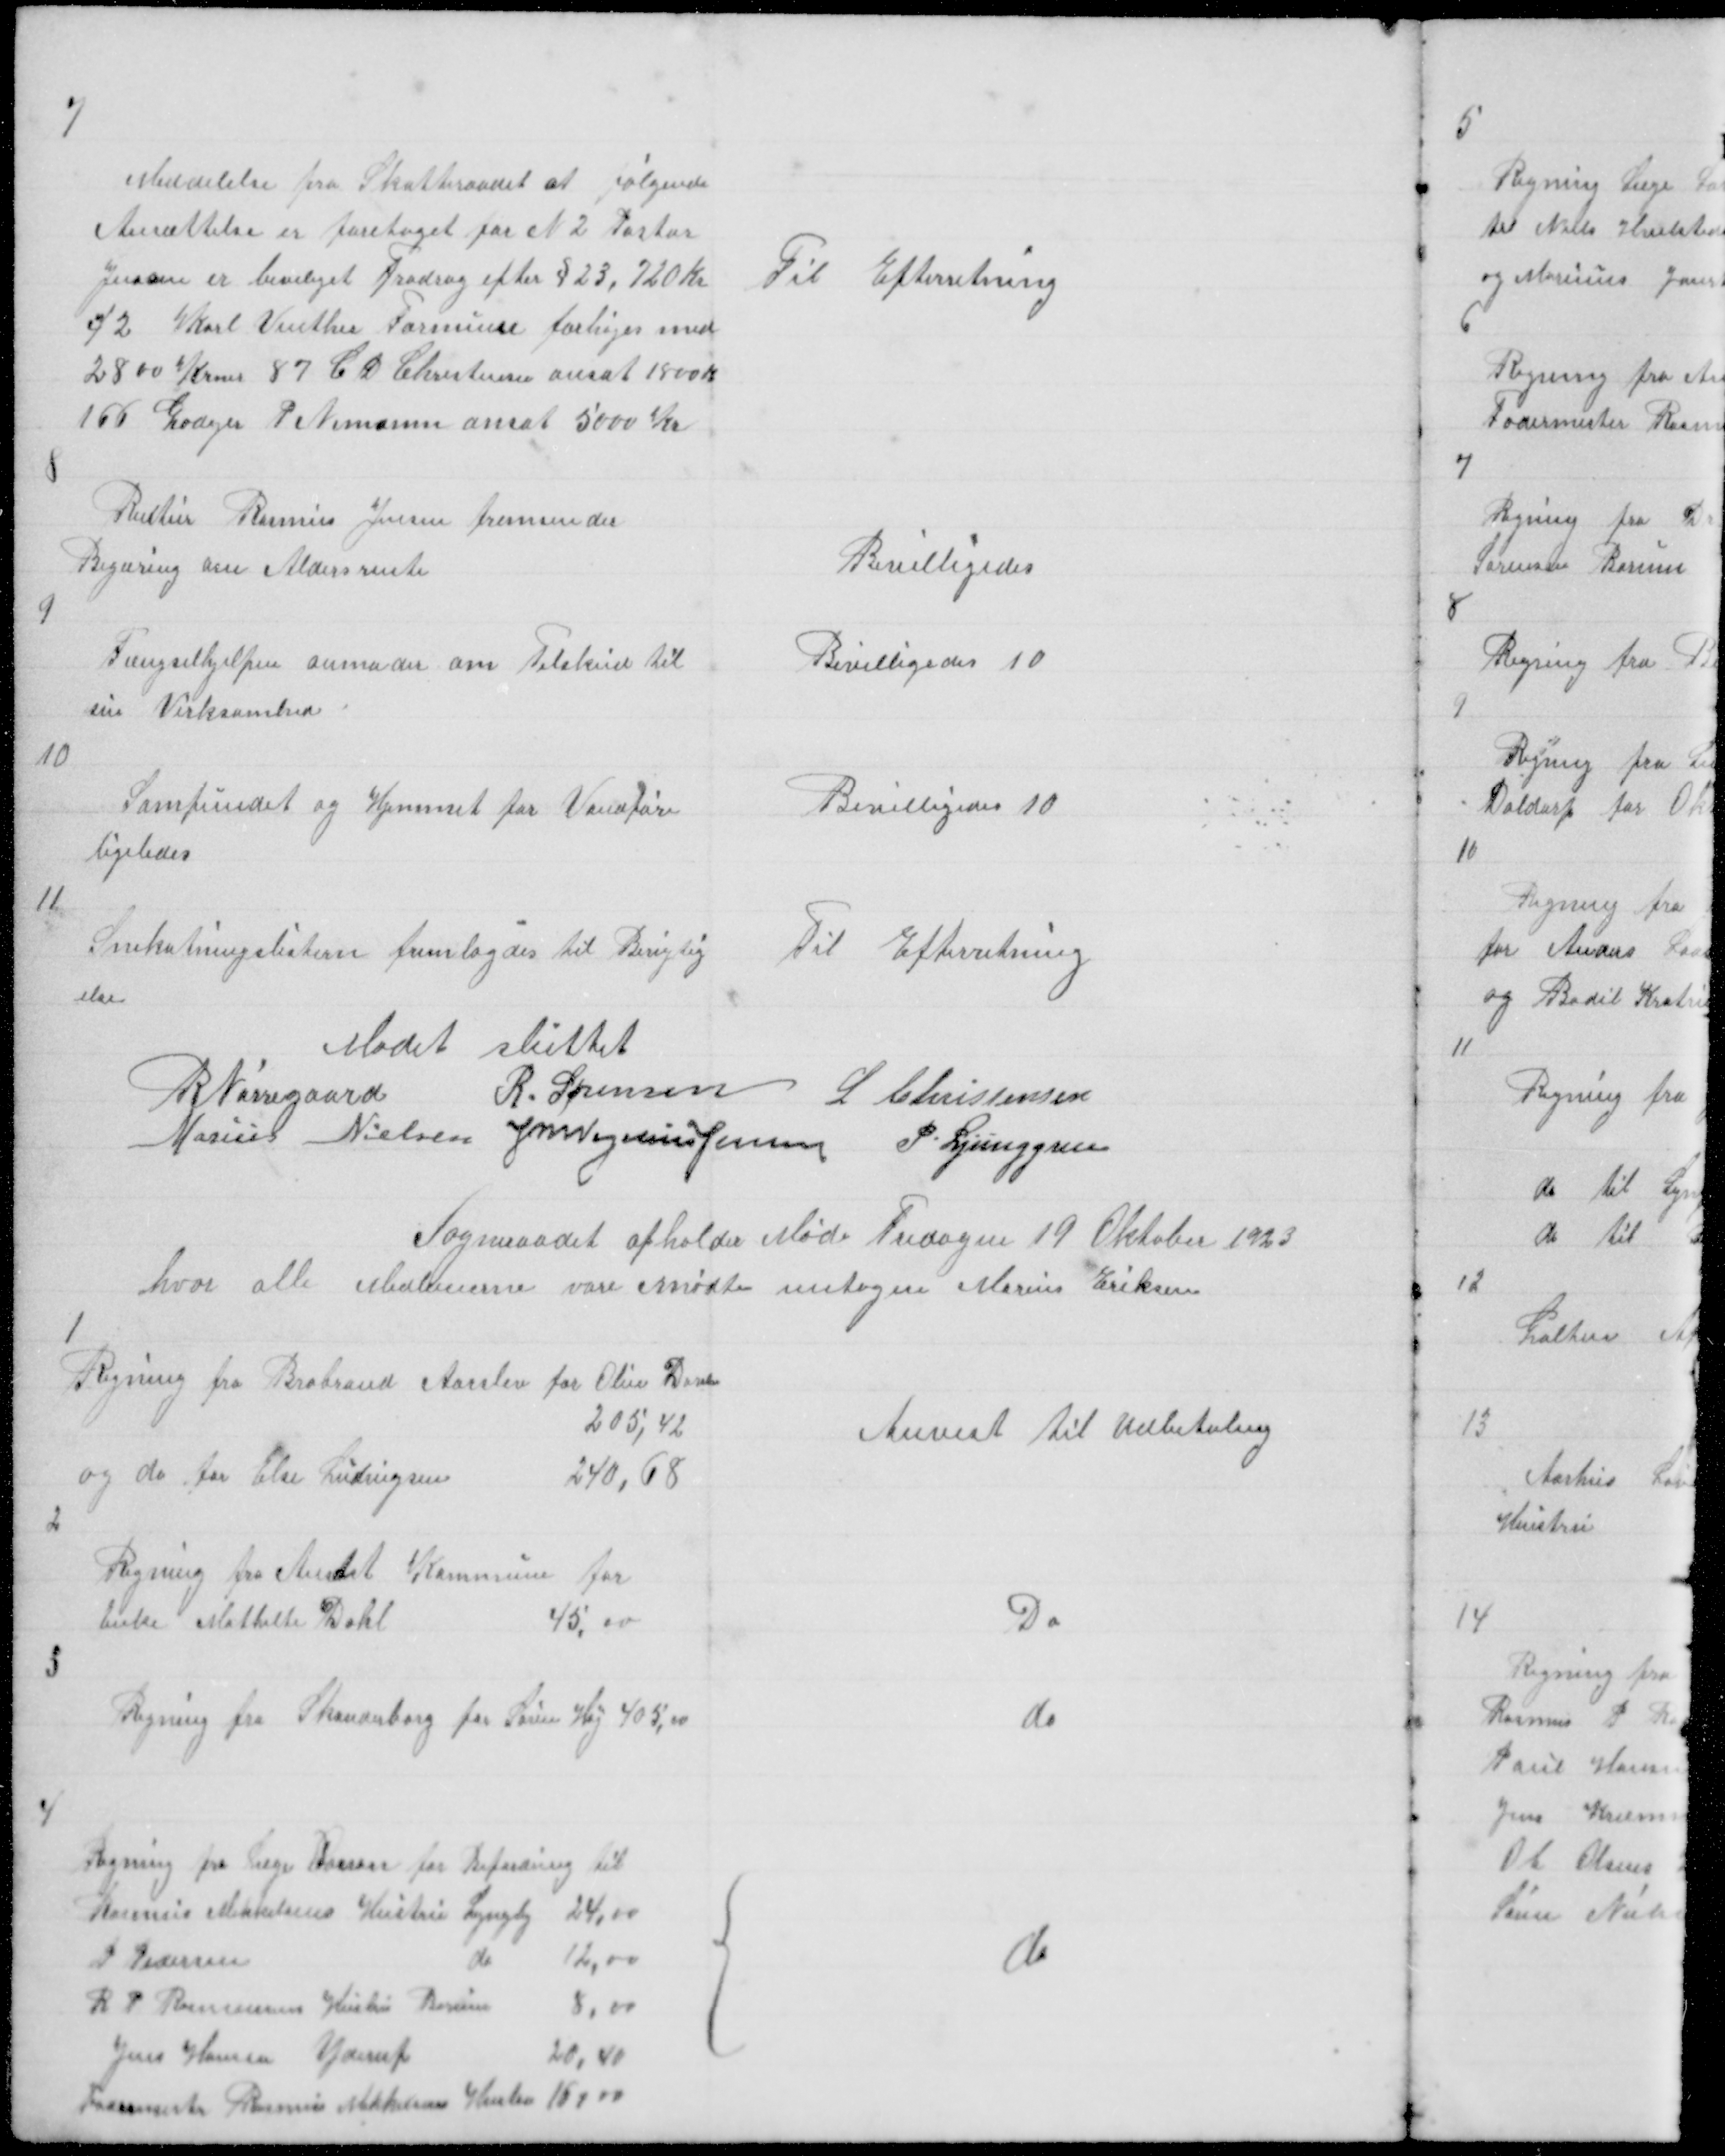
Transskription:
7

Meddelelse fra Skatteraadet at følgende
Ansættelse er foretaget for N 2 Pastor
Jensen er beviliget Fradrag efter § 23, 720 Kr
42 Karl Vinther Formuen forhøjes med
2800 Krner 87 C D Christensen ansat 1800 K
166 Godejer P Nymann ansat 5000 Kr

Til Efterretning

8

Rentier Rasmus Jensen fremsender
Begæring om Aldersrente

Bevilligedes

9

Fængselhjelpen anmoder om Tilskud til
sin Virksomhed

Bevilligedes 10

10

Samfundet og Hjemmet for Vandføre
ligeledes

Bevilligedes 10

11

Snekastningslistern fremlagdes til Berigtig
else

Til Efterretning

Mødet sluttet
R Nørregaard
R. Sørensen L Christensen
Marius Nielsen J M Vogelius Jensen P. Ljunggren

Sogneraadet afholder Møde Fredagen 19 Oktober 1923
hvor alle Medlemerne vare mødte untagen Marius Eriksen

1

Regning fra Brabrand Aarslev for Olin Danlse
205,42
og do for Else Ludvigsen
240,68
2

Anvist til Udbetaling

Regning fra Andst Kommune for
Enke Mathilte Dahl
45,00

Do

3

Regning fra Skanderborg for Søren Høj 405,00

do

4

do